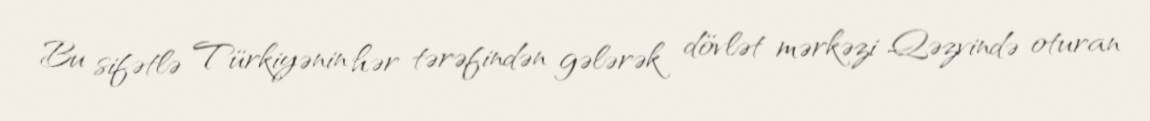
Bu sifətlə Türkiyənin hər tərəfindən gələrək dövlət mərkəzi Qəzvində oturan